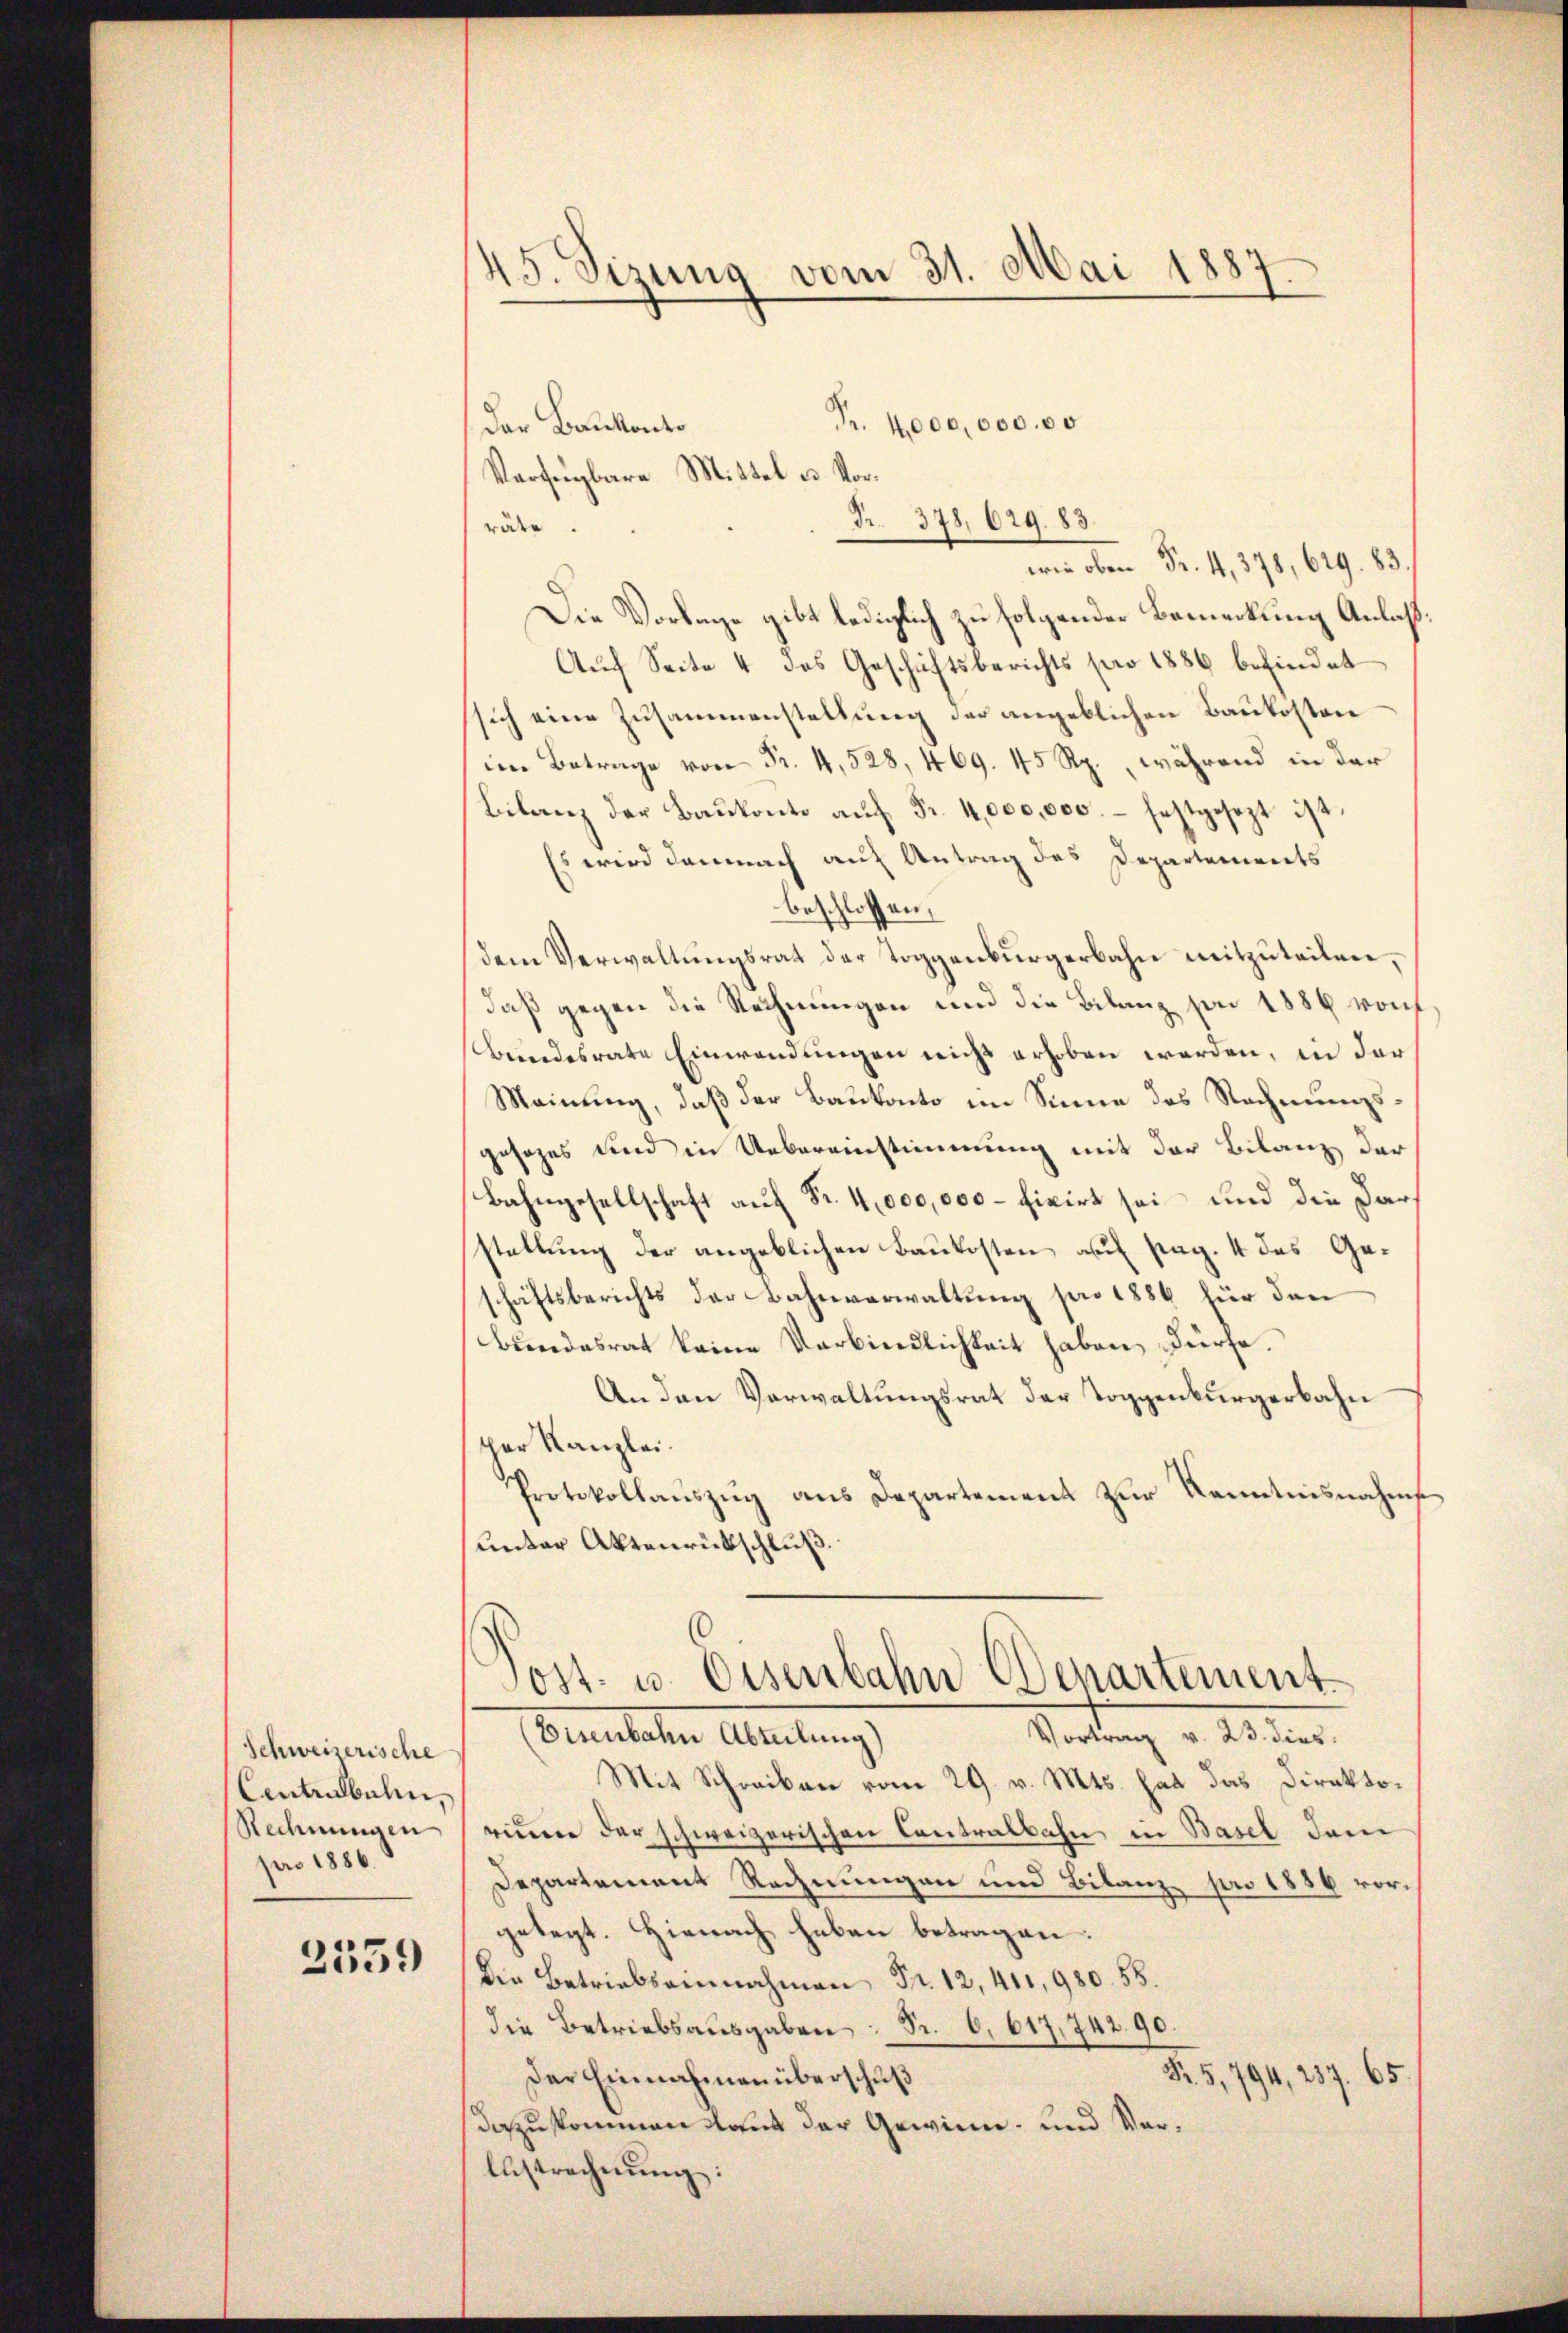
Schweiserische
Centrulbulen,
Rechnungen
pro 1886.

2359

45. Sizung vom 31. Mai 1887
.

Fr. 4000,000.00
Der Bankonto
Verfügbare Mittel u. Vor¬
Nr. 378. 629. 83.
räte
wie oben Fr. 4, 378, 629. 83
Die Vorlage gibt lediglich zu folgender Bemerkung Anlaß¬
Auch Seite 4 das Geschäftsberichts pro 1886 befindet
sich eine Zusammenstellung der angeblichen Baukosten
im Betrage von Fr. 4, 528, 469. 45 Rp., während in der
Bilanz der Baŭkonto aŭf Fr. 4,000,000.- festgesezt ist.
Es wird demnach auf Antrag des Departenwirts
beschlossen,
dem Verwaltungsrat der Toggenburgerbahn mitzuteilen,
daß gegen die Rechnungen und die Bilanz von 1889 von
Bundesrate Einwendungen nicht erhoben werden, in der
Meinung, daß der Baukonto im Sinne des Rechnungsgesezes und in Uebereinstimmung mit der Bilanz der
Bahngesellschaft auf Fr. 4,000,000 – fixirt sei und die Darstellung der angeblichen Baukosten auf pag. 4 des Geschäftsberichts der Bahnverwaltung pro 1886 für dan
Bundesrat keine Verbindlichkeit haben, dürfe.
An den Verwaltŭngsrat der Toggenbürgerbahn
per Kanzlei.
Protokollauszug aus Departement zur Kenntnisnahms
unter Aktenrückschluß.
Post- u. Eisenbahn Departement¬
Brutalen Alleitungs
Vortrag v. 23. dies
Mit Schreiben vom 29. v. Mts. hat das Direktorinen der schweizerischen Contralbahn in Basel dem
Departement Rechnungen und Bilanz pro 1886 vorgelegt. Hienach haben betragen:
Die Betriebsainnahmen Fr. 12, 411, 980. 51
die Betriebsausgaben Sr. 6. 617,74290.
R. 5, 794, 257. 65
Der Einnahmen überschuß
daukommen laut der Gewinn- und Ver¬
Estrechnŭng: